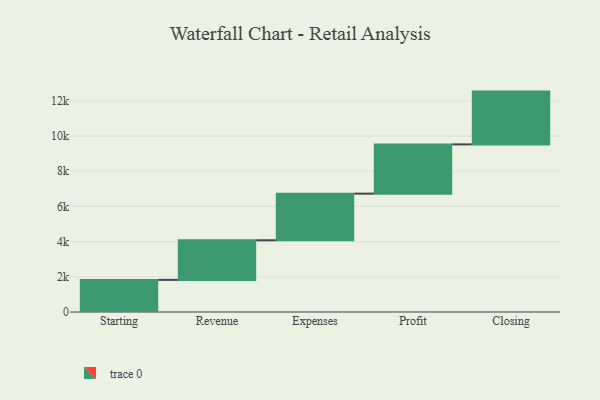
{"axis": {"x": "Step", "y": "Value"}, "legend": [""], "data": [{"x": "Starting", "y": 1824.0, "type": ""}, {"x": "Revenue", "y": 2252.0, "type": ""}, {"x": "Expenses", "y": 2649.0, "type": ""}, {"x": "Profit", "y": 2799.0, "type": ""}, {"x": "Closing", "y": 3000, "type": ""}]}